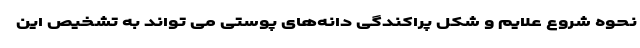
نحوه شروع علایم و شکل پراکندگی دانه‌های پوستی می تواند به تشخیص این